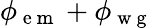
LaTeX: \phi_{\mathrm{~e~m~}}+\phi_{\mathrm{~w~g~}}